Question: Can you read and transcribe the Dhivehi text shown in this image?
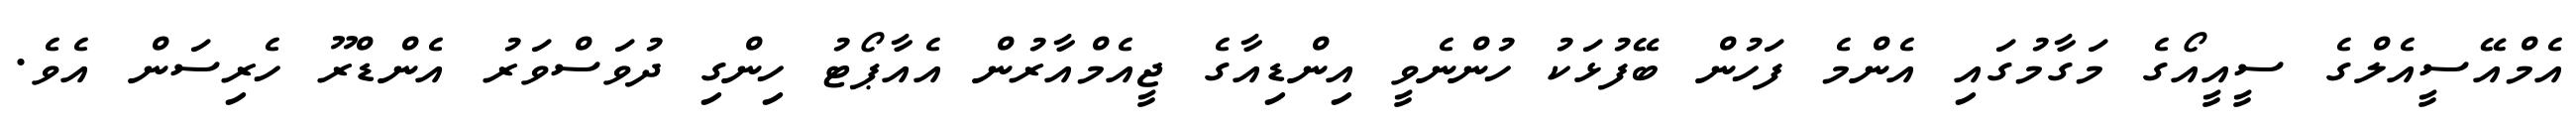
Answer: އެމްއޭސީއެލްގެ ސީއީއޯގެ މަގާމުގައި އެންމެ ފަހުން ބޭފުޅަކު ހުންނެވީ އިންޑިއާގެ ޖީއެމްއާރުން އެއާޕޯޓު ހިންގި ދުވަސްވަރު އެންޑްރޫ ހެރިސަން އެވެ.